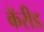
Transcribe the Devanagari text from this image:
कॅरीड